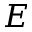
E